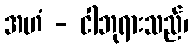
အဟံ - ငါဘုရားသည်၊